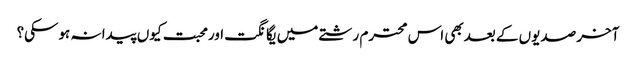
آخر صدیوں کے بعدبھی اس محترم رشتے میں یگانگت اورمحبت کیوں پیدا نہ ہوسکی؟